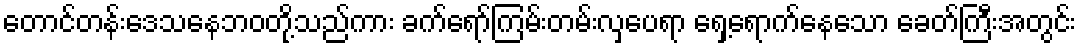
တောင်တန်းဒေသနေဘဝတို့သည်ကား ခက်ရော်ကြမ်းတမ်းလှပေရာ ရှေ့ရောက်နေသော ခေတ်ကြီးအတွင်း